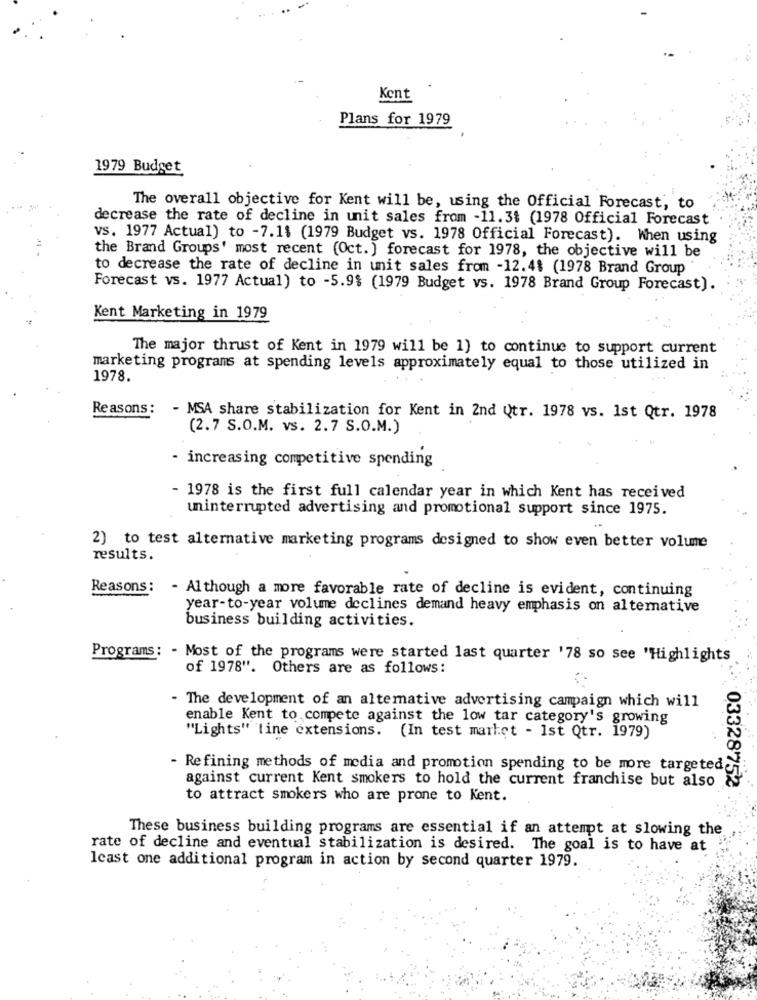
Kent
Plans for 1979
1979 Budget
The overall objective for Kent will be, using the Official Forecast, to
decrease the rate of decline in unit sales from -11.3$ (1978 Official Forecast
vs. 1977 Actual) to -7.1$ (1979 Budget vs. 1978 Official Forecast). When using
the Brand Groups' most recent (Oct. ] forecast for 1978, the objective will be
to decrease the rate of decline in unit sales from -12.4$ (1978 Brand Group
Forecast vs. 1977 Actual) to -5.9$ (1979 Budget vs. 1978 Brand Group Forecast).
Kent Marketing in 1979
The major thrust of Kent in 1979 will be 1) to continue to support current
marketing programs at spending levels approximately equal to those utilized in
1978.
Reasons:
- MSA share stabilization for Kent in 2nd Qtr. 1978 vs. 1st Qtr. 1978
(2.7 S.O.M. vs. 2.7 S.O.M.)
- increasing competitive spending
- 1978 is the first full calendar year in which Kent has received
uninterrupted advertising and promotional support since 1975.
2) to test alternative marketing programs designed to show even better volume
results.
Reasons: - Although a more favorable rate of decline is evident, continuing
year-to-year volume declines demand heavy emphasis on altemative
business building activities.
Programs: - Most of the programs were started last quarter '78 so see 'Highlights
of 1978". Others are as follows:
- The development of an alternative advertising campaign which will
enable Kent to compete against the low tar category's growing
"Lights" tine extensions. (In test market - Ist Qtr. 1979)
- Refining methods of media and promotion spending to be more targeted
against current Kent smokers to hold the current franchise but also
03328752
to attract smokers who are prone to Kent.
These business building programs are essential if an attempt at slowing the
rate of decline and eventual stabilization is desired. The goal is to have at
least one additional program in action by second quarter 1979.